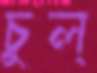
চুল্